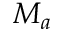
M _ { a }